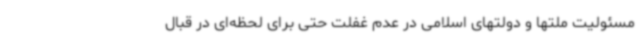
مسئولیت ملتها و دولتهای اسلامی در عدم غفلت حتی برای لحظه‌ای در قبال